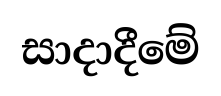
සාදාදීමේ